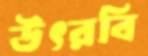
উৎরবি